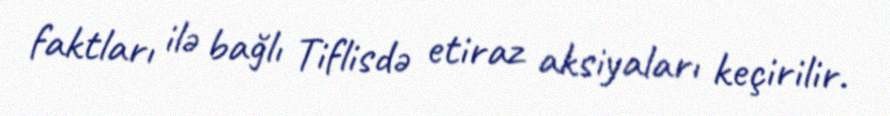
faktları ilə bağlı Tiflisdə etiraz aksiyaları keçirilir.